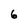
Character: 6